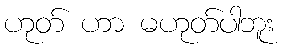
ဟုတ် ဟာ မဟုတ်ပါဘူး